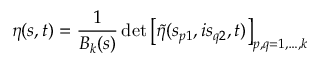
\eta ( s , t ) = \frac { 1 } { B _ { k } ( s ) } \, \mathrm { d e t } \left[ \tilde { \eta } ( s _ { p 1 } , i s _ { q 2 } , t ) \right] _ { p , q = 1 , \ldots , k }